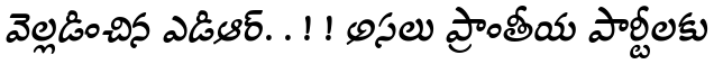
వెల్లడించిన ఎడిఆర్. . ! ! అసలు ప్రాంతీయ పార్టీలకు